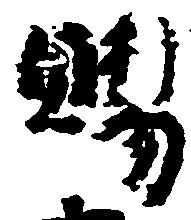
賜